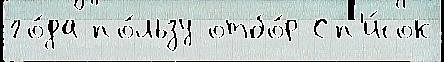
го́да по́льзу отбо́р Сп'и́сок